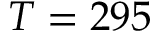
T = 2 9 5